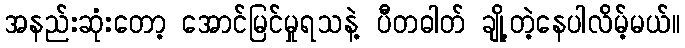
အနည်းဆုံးတော့ အောင်မြင်မှုရသနဲ့ ပီတဓါတ် ချို့တဲ့နေပါလိမ့်မယ်။